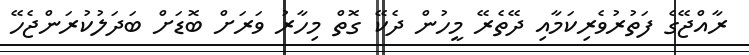
ރާއްޖޭގެ ފަތުރުވެރިކަމާއި ދޭތެރޭ މީހުން ދެކޭ ގޮތް މިހާރު ވަރަށް ބޮޑަށް ބަދަލުކުރަންޖެހޭ